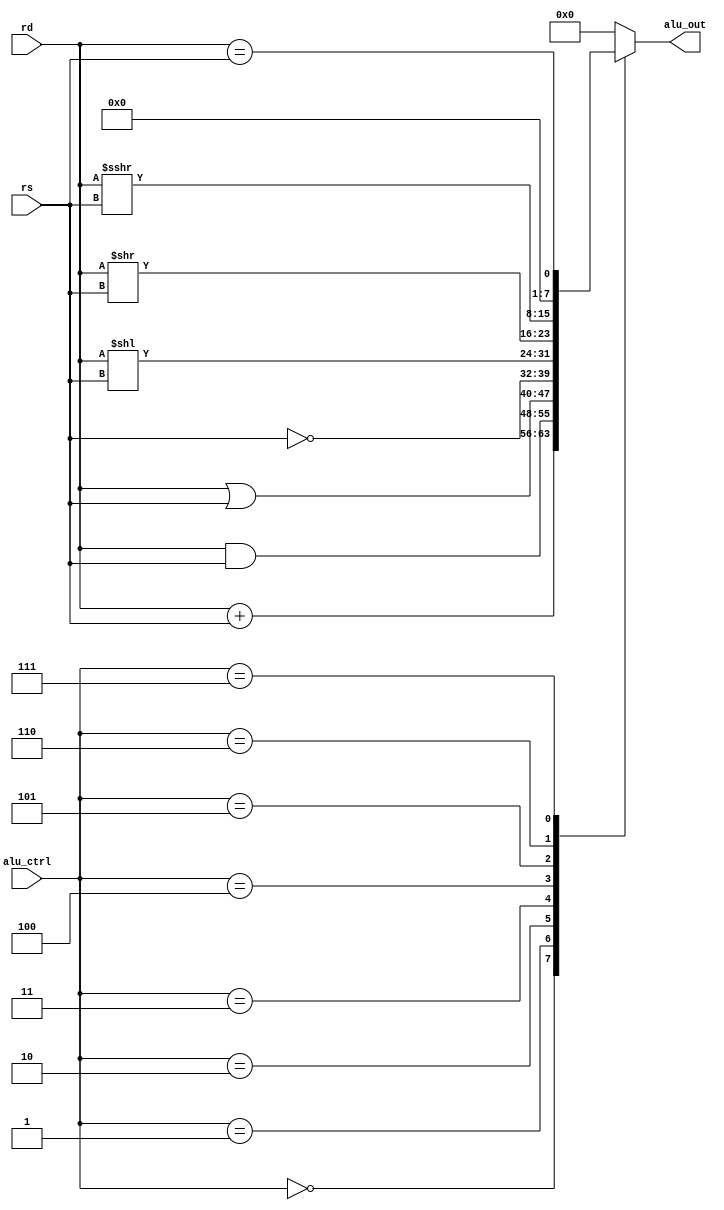
module alu(rd, rs, alu_ctrl, alu_out);
    input [7:0] rd, rs;
    input [3:0] alu_ctrl;
    output [7:0] alu_out;

    assign alu_out = execute(rd, rs, alu_ctrl);

    function [7:0] execute(input [7:0] rd, input [7:0] rs, input [3:0] alu_ctrl);
        begin
            case(alu_ctrl)
            4'b0000: execute = rd + rs;
            4'b0001: execute = rd & rs;
            4'b0010: execute = rd | rs;
            4'b0011: execute = ~rs;
            4'b0100: execute = rd << rs;
            4'b0101: execute = rd >> rs;
            4'b0110: execute = $signed(rd) >>> $signed(rs);
            4'b0111: execute = (rd == rs);
            default: execute = 8'b0000_0000;
            endcase
        end
    endfunction
endmodule